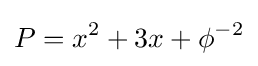
P=x^{2}+3x+\phi ^{-2}